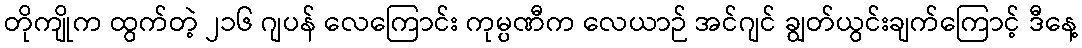
တိုကျိုက ထွက်တဲ့ ၂၁၆ ဂျပန် လေကြောင်း ကုမ္ပဏီက လေယာဉ် အင်ဂျင် ချွတ်ယွင်းချက်ကြောင့် ဒီနေ့